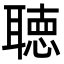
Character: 聴